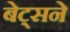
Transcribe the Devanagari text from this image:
बेट्सने